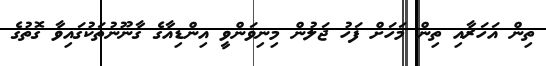
ތިން އަހަރާއި ތިން މަހަށް ފަހު ޖަލުން މިނިވަންވީ އިންޑިއާގެ ގާނޫނުތަކުގައިވާ ގޮތުގެ